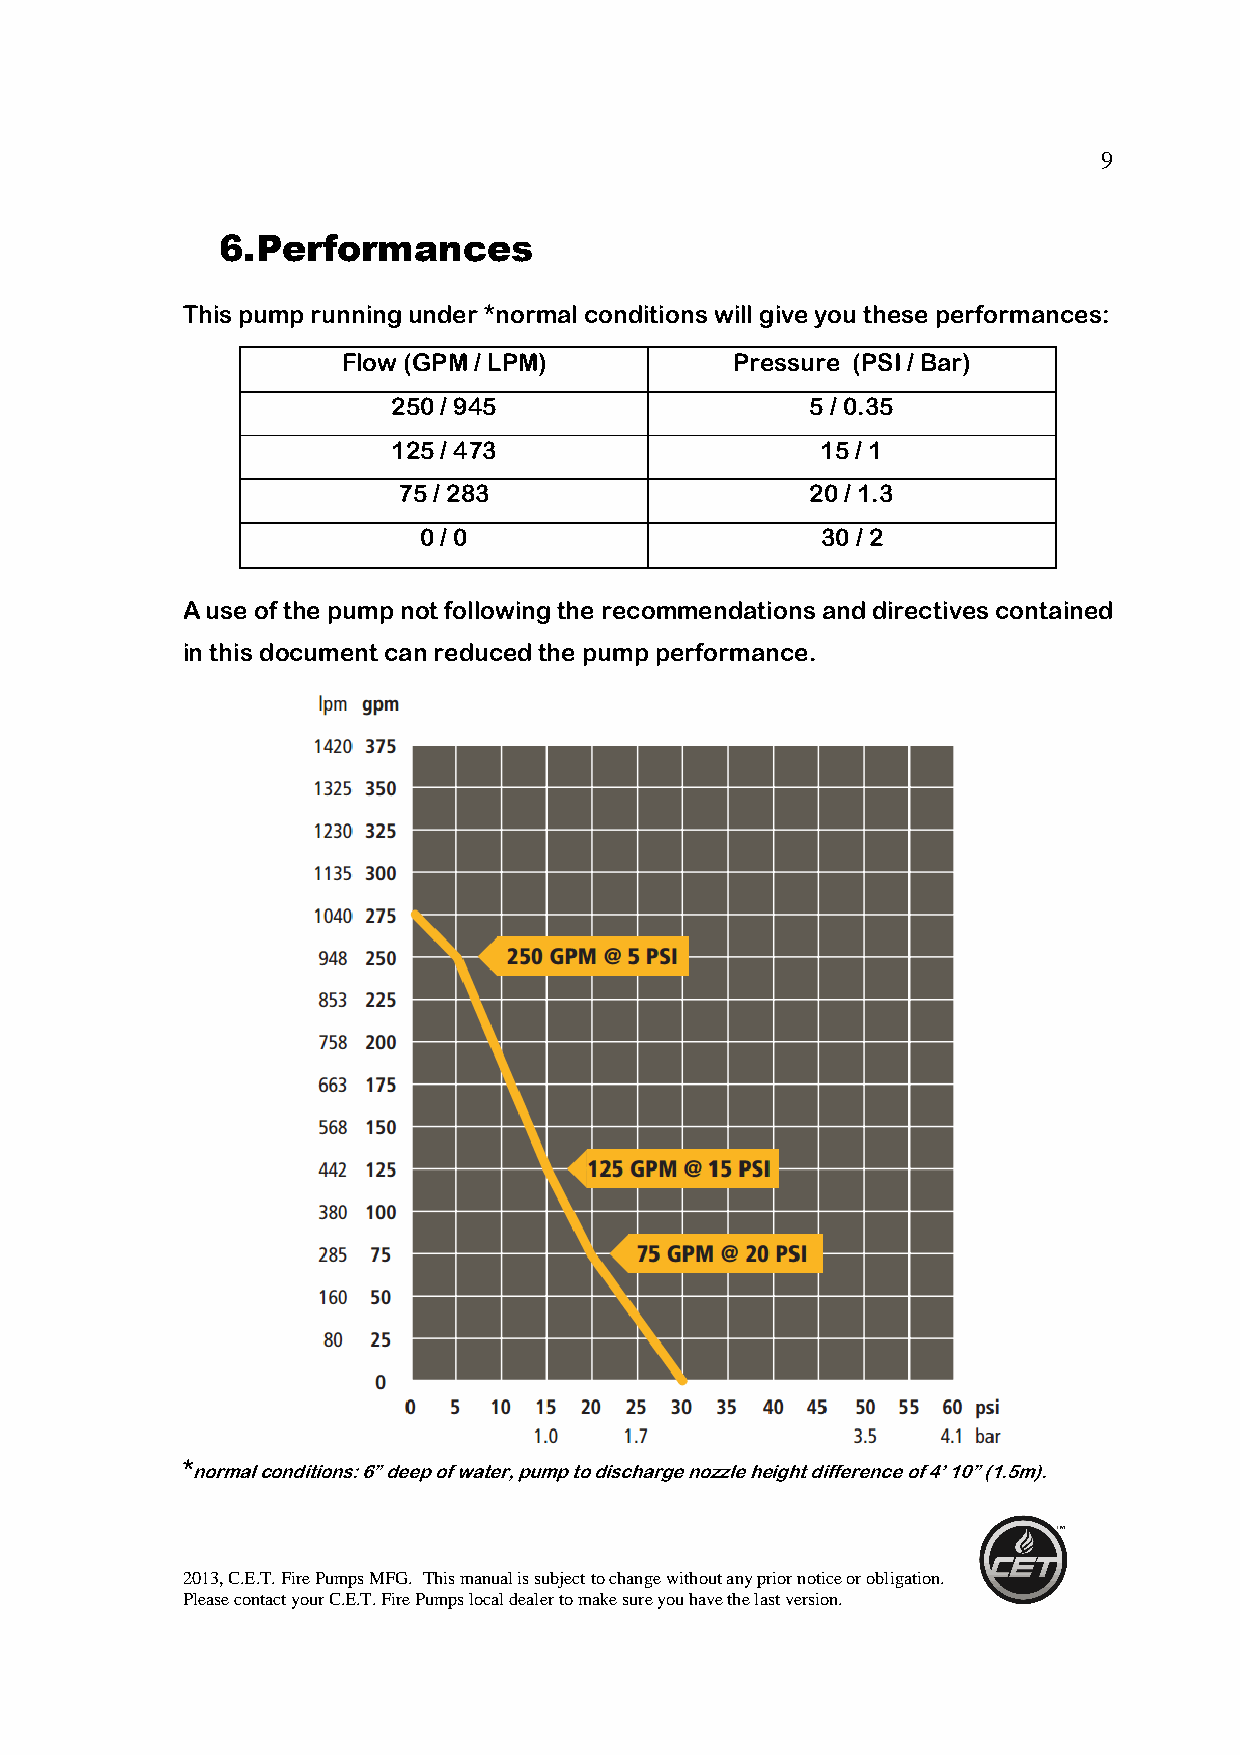
9
 6.Performances
 This pump running under *normal conditions will give you these performances:
 Flow (GPM / LPM)         Pressure (PSI / Bar)
 250 / 945                   5 / 0.35
 125 / 473                   15 / 1
 75 / 283                    20 / 1.3
 0 / 0                     30 / 2
 A use of the pump not following the recommendations and directives contained
 in this document can reduced the pump performance.
 *normal conditions: 6” deep of water, pump to discharge nozzle height difference of 4’ 10” (1.5m).
 2013, C.E.T. Fire Pumps MFG. This manual is subject to change without any prior notice or obligation.
 Please contact your C.E.T. Fire Pumps local dealer to make sure you have the last version.